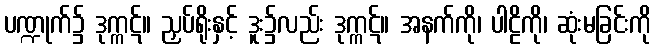
ပဏ္ဍုက်၌ ဒုက္ကဋ်။ ညှပ်ရိုးနှင့် ဒူး၌လည်း ဒုက္ကဋ်။ အနက်ကို၊ ပါဠိကို၊ ဆုံးမခြင်းကို